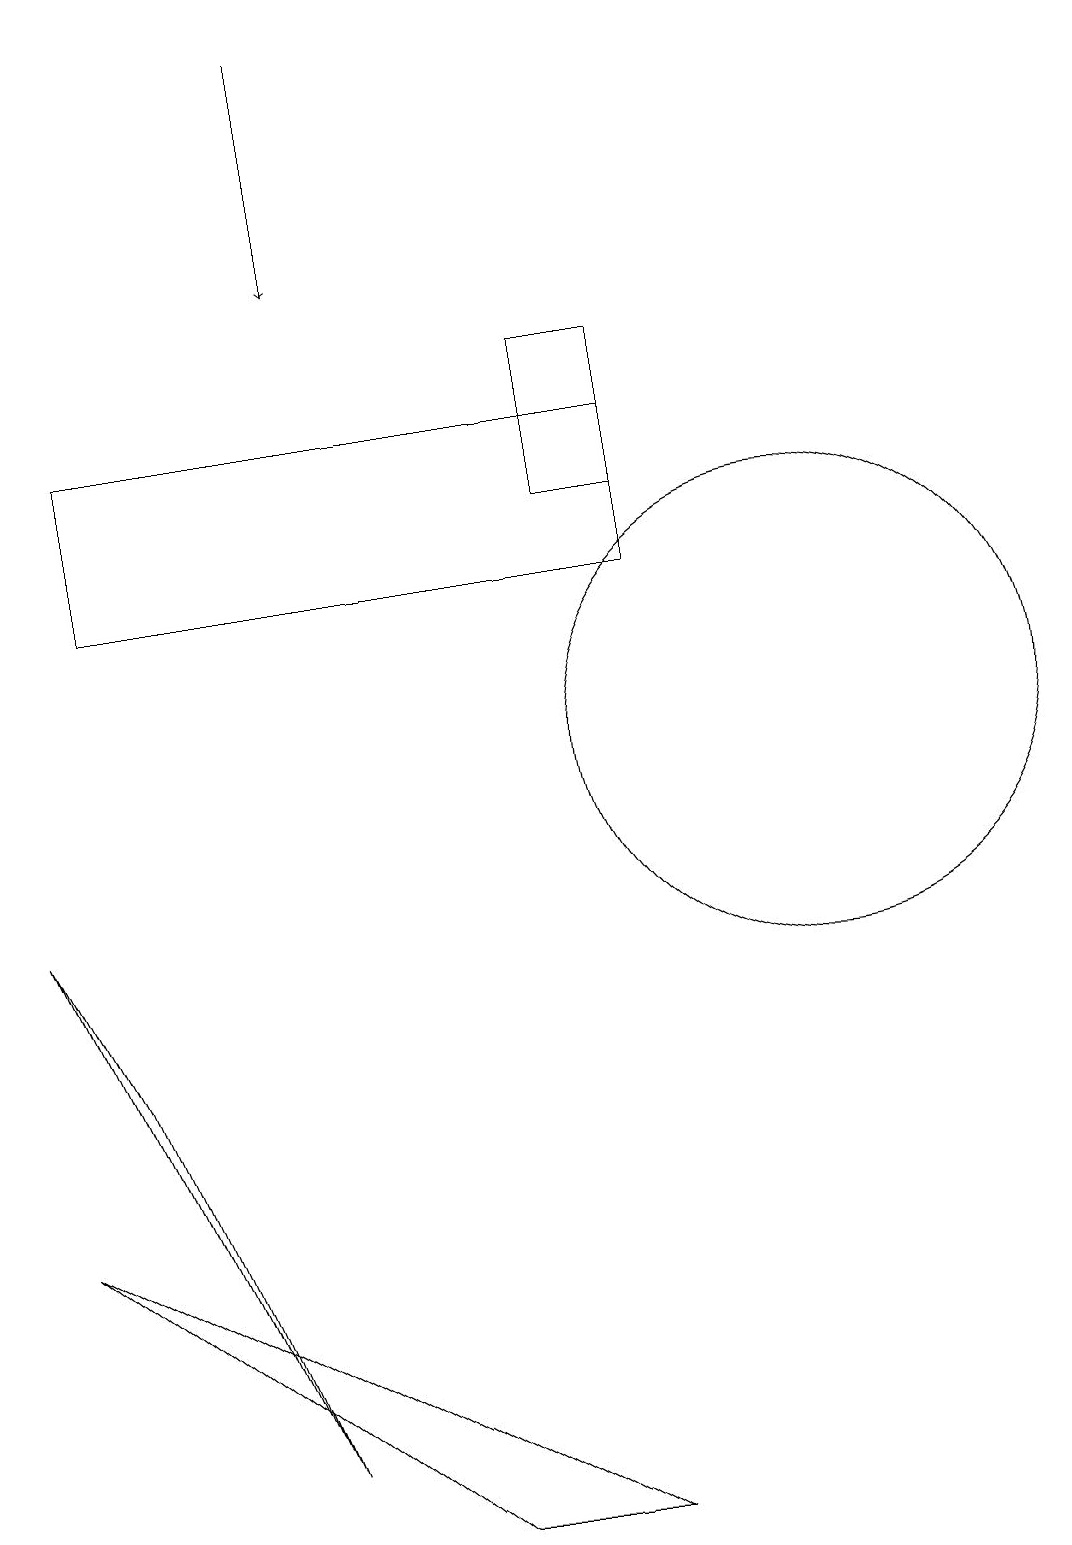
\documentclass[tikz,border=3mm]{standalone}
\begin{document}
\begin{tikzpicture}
\draw (11,10) circle (3);
\draw[->] (5,19) -- (5,16);
\draw (8,15) rectangle (9,13);
\draw (9,12) rectangle (2,14);
\draw (1,8) -- (2,6) -- (4,1) -- cycle;
\draw (1,4) -- (6,0) -- (8,0) -- cycle;
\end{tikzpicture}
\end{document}